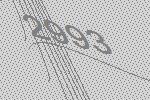
2993